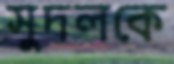
সুদলকে